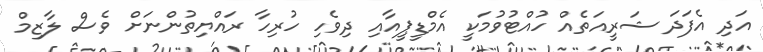
އަދި އެފަދަ ޝަރީއަތެއް ހުއްޓުވުމަކީ އެމްޑީޕީއާއި ދިވެހި ހުރިހާ ރައްޔިތުންނަށް ވެސް ލާޒިމް